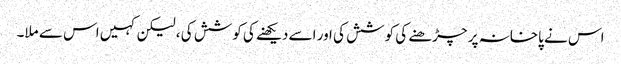
اس نے پاخانہ پر چڑھنے کی کوشش کی اور اسے دیکھنے کی کوشش کی ، لیکن کہیں اس سے ملا۔